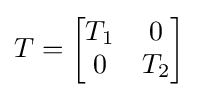
T={\begin{bmatrix}T_{1}&0\\0&T_{2}\end{bmatrix}}